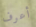
أعرف